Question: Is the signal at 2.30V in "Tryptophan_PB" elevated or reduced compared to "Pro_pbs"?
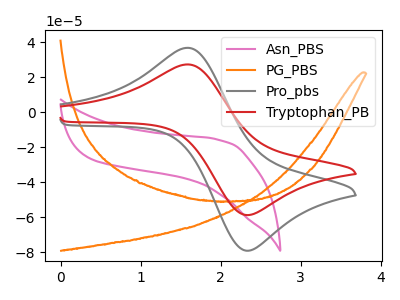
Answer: <think>The pink curve "Asn_PBS" has no peaks. The orange curve "PG_PBS" has no peaks. The gray curve "Pro_pbs" has an anodic peak at (1.60V, 36.80uA) and a cathodic peak at (2.30V, -78.75uA). The red curve "Tryptophan_PB" has an anodic peak at (1.60V, 27.30uA) and a cathodic peak at (2.30V, -58.45uA).</think>
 <answer>The peak at 2.30V is lower in "Tryptophan_PB" than in "Pro_pbs".</answer>
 <eval>lower</eval>